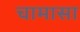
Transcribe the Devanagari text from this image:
चामासा